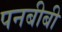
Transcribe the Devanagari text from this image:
पनबीबी